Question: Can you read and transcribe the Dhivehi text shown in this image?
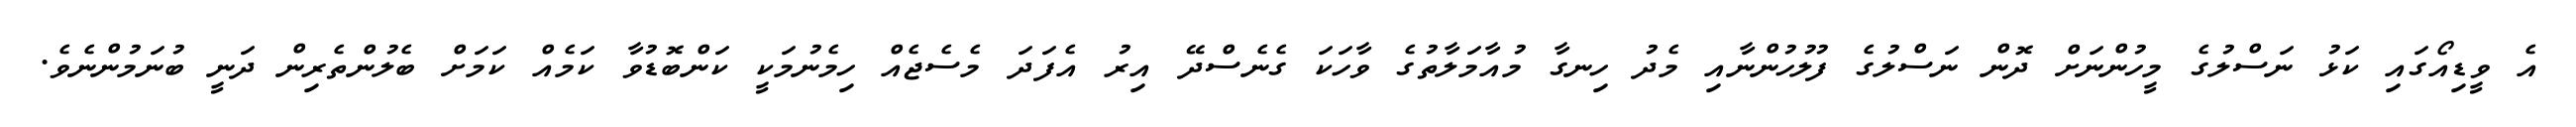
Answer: އެ ވީޑިއޯގައި ކަޅު ނަސްލުގެ މީހުންނަށް ދޮން ނަސްލުގެ ފުލުހުންނާއި މެދު ހިނގާ މުއާމަލާތުގެ ވާހަކަ ގެނެސްދޭ އިރު އެފަދަ މެސެޖެއް ހިމެނުމަކީ ކަންބޮޑުވާ ކަމެއް ކަމަށް ބެލުންތެރިން ދަނީ ބުނަމުންނެވެ.